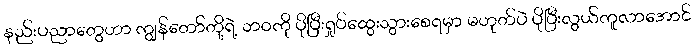
နည်းပညာတွေဟာ ကျွန်တော်တို့ရဲ့ ဘဝကို ပိုပြီးရှုပ်ထွေးသွားစေရမှာ မဟုတ်ပဲ ပိုပြီးလွယ်ကူလာအောင်